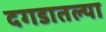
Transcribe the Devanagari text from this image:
दगडातल्या